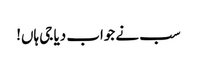
سب نے جواب دیا جی ہاں!